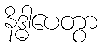
နိဒ္ဓါပေတွာ